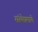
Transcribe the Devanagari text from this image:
संस्थेप्रमाणे